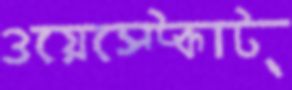
ওয়েস্ট্‌কোট্‌